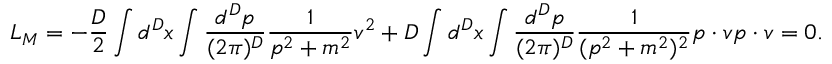
{ \cal L } _ { M } = - { \frac { D } { 2 } } \int d ^ { D } x \int \frac { d ^ { D } p } { ( 2 \pi ) ^ { D } } \frac { 1 } { p ^ { 2 } + m ^ { 2 } } v ^ { 2 } + D \int d ^ { D } x \int \frac { d ^ { D } p } { ( 2 \pi ) ^ { D } } \frac { 1 } { ( p ^ { 2 } + m ^ { 2 } ) ^ { 2 } } p \cdot v p \cdot v = 0 .